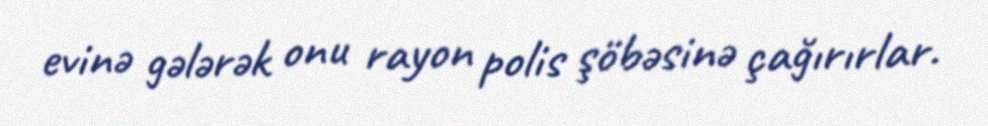
evinə gələrək onu rayon polis şöbəsinə çağırırlar.